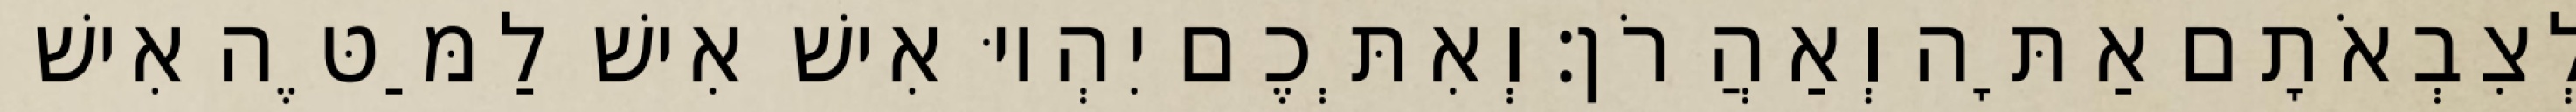
לְצִבְאֹתָם אַתָּה וְאַהֲרֹן׃ וְאִתְּכֶם יִהְיוּ אִישׁ אִישׁ לַמַּטֶּה אִישׁ